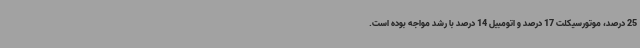
25 درصد، موتورسیکلت 17 درصد و اتومبیل 14 درصد با رشد مواجه بوده است.